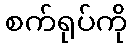
စက်ရုပ်ကို